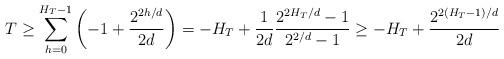
LaTeX: \begin{align*}T \geq \sum_{h=0}^{H_T-1} \left(-1+ \frac{2^{2h/d}}{2d}\right) = -H_T + \frac{1}{2d} \frac{2^{2H_T/d}-1}{2^{2/d}-1}\geq -H_T + \frac{2^{2(H_T-1)/d}}{2d} \end{align*}